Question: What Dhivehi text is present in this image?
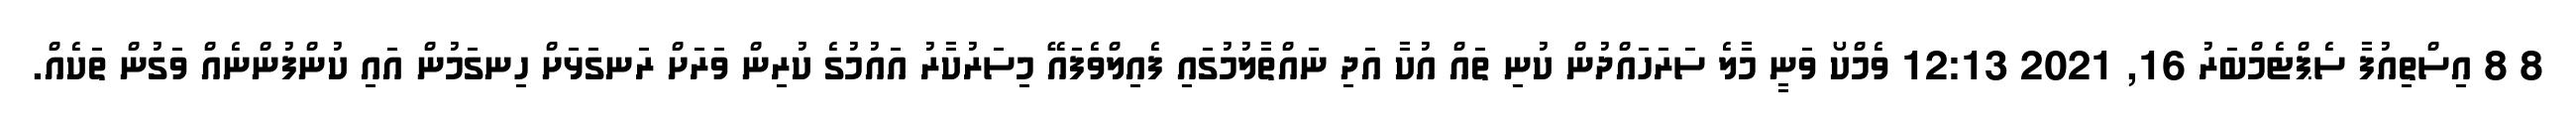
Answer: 8 8 އިސްތިއުފާ ސެޕްޓެމްބަރު 16, 2021 12:13 ވެމްކޯ ވަނީ މާލެ ސަރަހައްދުން ކުނި ތައް އުކާ އަދި ނައްތާލުމުގައި ފެއިލްވެފައޭ މިސަރުކާރު އައުމުގެ ކުރިން ވަރަށް ރަނގަޅަށް ހިނގަމުން އައި ކުންފުންނެއް ވަގުން ތަކެއް.